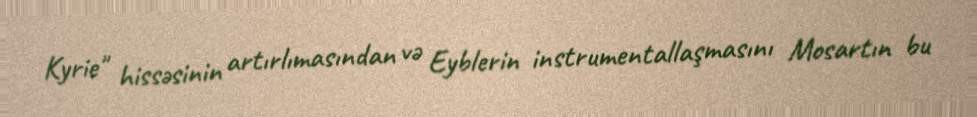
Kyrie" hissəsinin artırlımasından və Eyblerin instrumentallaşmasını Mosartın bu